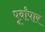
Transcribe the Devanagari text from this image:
पूर्वांपार